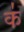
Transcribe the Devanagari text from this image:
क॑